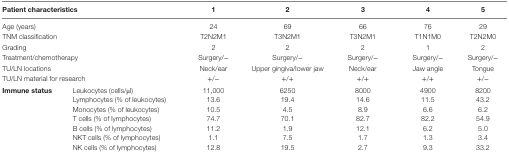
<table><thead><tr><td colspan="2"><b>Patient characteristics</b></td><td><b>1</b></td><td><b>2</b></td><td><b>3</b></td><td><b>4</b></td><td><b>5</b></td></tr></thead><tbody><tr><td colspan="2">Age (years)</td><td>24</td><td>69</td><td>66</td><td>76</td><td>29</td></tr><tr><td colspan="2">TNM classification</td><td>T2N2M1</td><td>T3N2M1</td><td>T3N2M1</td><td>T1N1M0</td><td>T2N2M0</td></tr><tr><td colspan="2">Grading</td><td>2</td><td>2</td><td>2</td><td>1</td><td>2</td></tr><tr><td colspan="2">Treatment/chemotherapy</td><td>Surgery/−</td><td>Surgery/−</td><td>Surgery/−</td><td>Surgery/−</td><td>Surgery/−</td></tr><tr><td colspan="2">TU/LN locations</td><td>Neck/ear</td><td>Upper gingiva/lower jaw</td><td>Neck/ear</td><td>Jaw angle</td><td>Tongue</td></tr><tr><td colspan="2">TU/LN material for research</td><td>+/−</td><td>+/+</td><td>+/+</td><td>+/+</td><td>+/−</td></tr><tr><td rowspan="7"><b>Immune status</b></td><td>Leukocytes (cells/μl)</td><td>11,000</td><td>6250</td><td>8000</td><td>4900</td><td>8200</td></tr><tr><td>Lymphocytes (% of leukocytes)</td><td>13.6</td><td>19.4</td><td>14.6</td><td>11.5</td><td>43.2</td></tr><tr><td>Monocytes (% of leukocytes)</td><td>10.5</td><td>4.5</td><td>8.9</td><td>6.6</td><td>6.2</td></tr><tr><td>T cells (% of lymphocytes)</td><td>74.7</td><td>70.1</td><td>82.7</td><td>82.2</td><td>54.9</td></tr><tr><td>B cells (% of lymphocytes)</td><td>11.2</td><td>1.9</td><td>12.1</td><td>6.2</td><td>5.0</td></tr><tr><td>NKT cells (% of lymphocytes)</td><td>1.1</td><td>7.5</td><td>1.7</td><td>1.3</td><td>3.4</td></tr><tr><td>NK cells (% of lymphocytes)</td><td>12.8</td><td>19.5</td><td>2.7</td><td>9.3</td><td>33.2</td></tr></tbody></table>